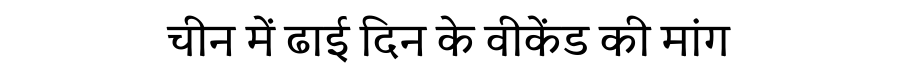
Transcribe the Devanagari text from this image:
चीन में ढाई दिन के वीकेंड की मांग